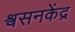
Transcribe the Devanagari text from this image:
श्वसनकेंद्र